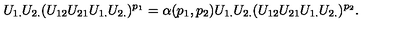
U _ { 1 . } U _ { 2 . } ( U _ { 1 2 } U _ { 2 1 } U _ { 1 . } U _ { 2 . } ) ^ { p _ { 1 } } = \alpha ( p _ { 1 } , p _ { 2 } ) U _ { 1 . } U _ { 2 . } ( U _ { 1 2 } U _ { 2 1 } U _ { 1 . } U _ { 2 . } ) ^ { p _ { 2 } } .